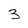
Character: 3